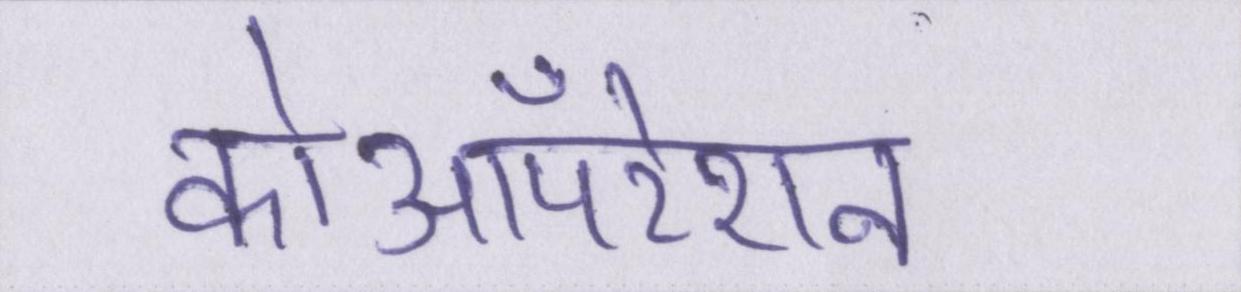
कोऑपरेशन